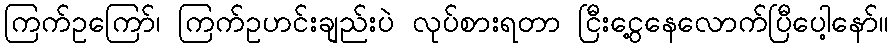
ကြက်ဥကြော်၊ ကြက်ဥဟင်းချည်းပဲ လုပ်စားရတာ ငြီးငွေ့နေလောက်ပြီပေါ့နော်။